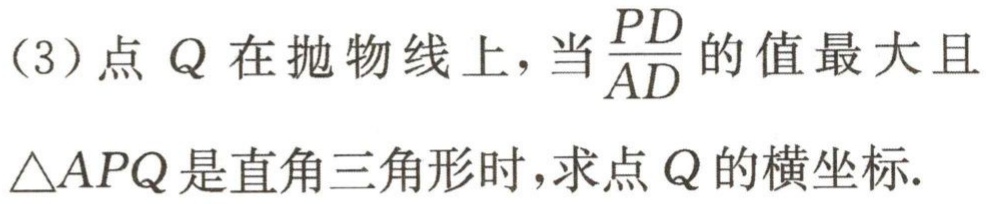
（3）点 \(Q\) 在抛物线上，当\(\frac{PD}{AD}\)的值最大且\(\triangle APQ\)是直角三角形时，求点 \(Q\) 的横坐标.